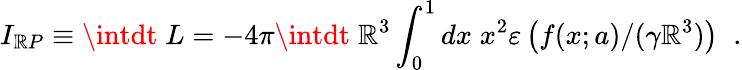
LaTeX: I_{\mathbb{R}P}\equiv\intdt\; L=-4\pi\intdt\; \mathbb{R}^{3}\int_{0}^{1}dx\; x^{2}\varepsilon\left(f(x;a)/(\gamma\mathbb{R}^{3})\right)\; \; .